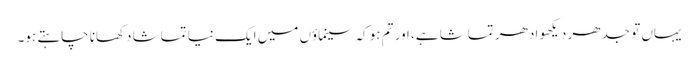
یہاں تو جدھر دیکھو ادھر تماشا ہے، اور تم ہو کہ سینماؤں میں ایک نیا تماشا دکھانا چاہتے ہو۔